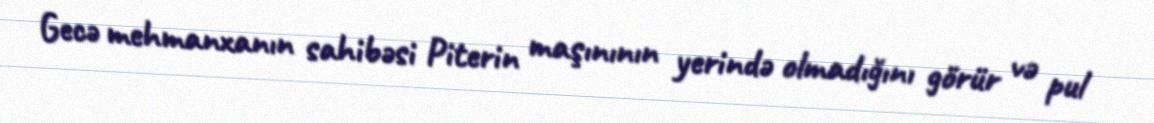
Gecə mehmanxanın sahibəsi Piterin maşınının yerində olmadığını görür və pul